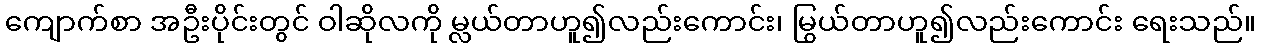
ကျောက်စာ အဦးပိုင်းတွင် ဝါဆိုလကို မ္လယ်တာဟူ၍လည်းကောင်း၊ မြွယ်တာဟူ၍လည်းကောင်း ရေးသည်။